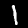
Digit: 1